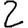
Digit: 2